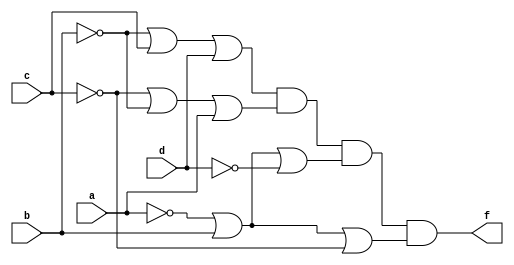
module prog2_2(a,b,c,d,f);
input a,b,c,d;
output f;
assign f = (~b|c|d)&(~c|~b|a)&(~a|b|~d)&(~a|b|~c);
endmodule